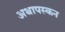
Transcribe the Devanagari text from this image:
अथापस्कन